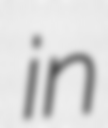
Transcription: in